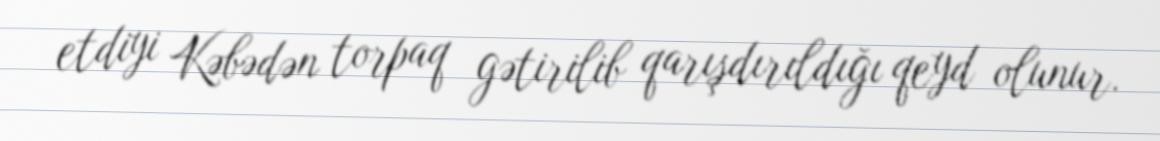
etdiyi Kəbədən torpaq gətirilib qarışdırıldığı qeyd olunur.